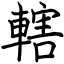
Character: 轄